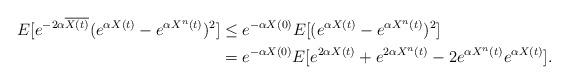
LaTeX: \begin{align*}E[e^{-2\alpha \overline{X(t)}}(e^{\alpha X(t)}-e^{\alpha X^n(t)})^2]&\leq e^{-\alpha X(0)} E[(e^{\alpha X(t)}-e^{\alpha X^n(t)})^2]\\&= e^{-\alpha X(0)}E[e^{2\alpha X(t)} + e^{2\alpha X^n(t)} - 2 e^{\alpha X^n(t)} e^{\alpha X(t)}].\end{align*}